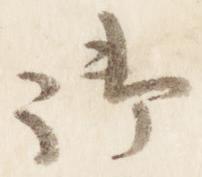
御